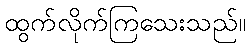
ထွက်လိုက်ကြသေးသည်။